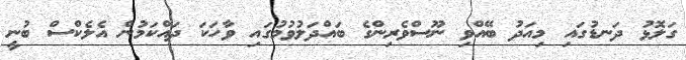
ގަލޮޅު ދަނޑުގައި މިއަދު ބޭއްވި ނޫސްވެރިންގެ ބައްދަލުވުމުގައި ވާހަކަ ދައްކަމުން އެލެކްސް ބުނީ